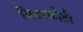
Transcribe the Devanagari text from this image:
बिदरकोटी